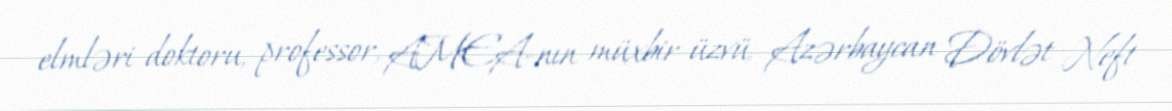
elmləri doktoru, professor, AMEA-nın müxbir üzvü, Azərbaycan Dövlət Neft